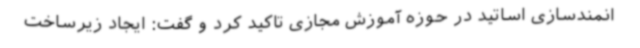
انمندسازی اساتید در حوزه آموزش مجازی تاکید کرد و گفت: ایجاد زیرساخت